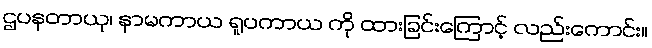
ဌပနတာယု၊ နာမကာယ ရူပကာယ ကို ထားခြင်းကြောင့် လည်းကောင်း။